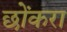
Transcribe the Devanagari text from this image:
छोंकरा